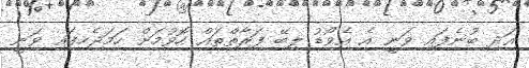
އަދި ބުނެފައި ވަނީ އެ އެވޯޑު ލިބޭ ފަރާތްތައް ހޮވުމަށް ހަމަޖެހިފައި ވަނީ